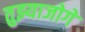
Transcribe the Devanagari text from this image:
तुझ्याजोगे